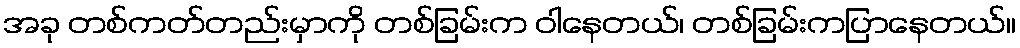
အခု တစ်ကတ်တည်းမှာကို တစ်ခြမ်းက ဝါနေတယ်၊ တစ်ခြမ်းကပြာနေတယ်။